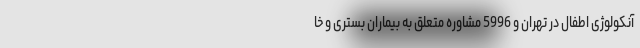
آنکولوژی اطفال در تهران و 5996 مشاوره متعلق به بیماران بستری و خا